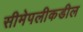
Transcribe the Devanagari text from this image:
सीमेपलीकडील